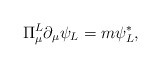
\begin{align*}\Pi_{\mu}^{L} \partial_{\mu} \psi_{L} = m \psi_{L}^{*} , \end{align*}